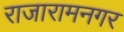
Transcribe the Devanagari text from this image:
राजारामनगर